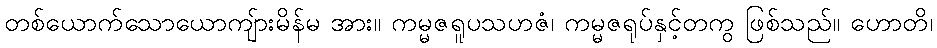
တစ်ယောက်သောယောကျ်ားမိန်မ အား။ ကမ္မဇရူပသဟဇံ၊ ကမ္မဇရုပ်နှင့်တကွ ဖြစ်သည်။ ဟောတိ၊